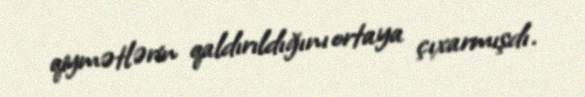
qiymətlərin qaldırıldığını ortaya çıxarmışdı.